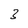
Character: 3